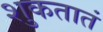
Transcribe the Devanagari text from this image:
शुकतातं